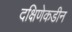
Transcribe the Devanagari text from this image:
दक्षिणेकडीन